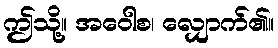
ဤသို့။ အဝေါစ၊ လျှောက်၏။